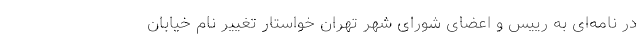
در نامه‌ای به رییس و اعضای شورای شهر تهران خواستار تغییر نام خیابان